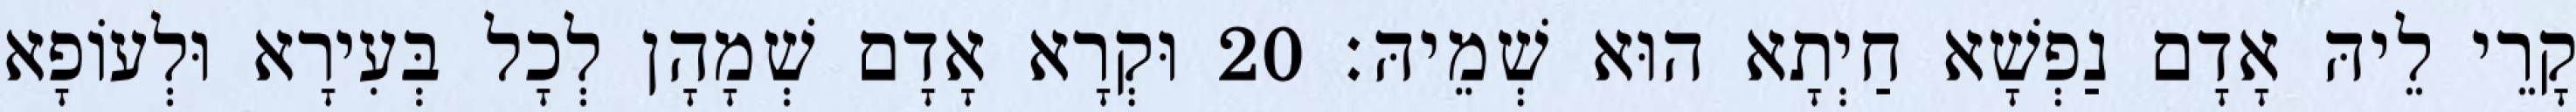
קָרֵי לֵיהּ אָדָם נַפְשָׁא חַיְתָא הוּא שְׁמֵיהּ׃ 20 וּקְרָא אָדָם שְׁמָהָן לְכָל בְּעִירָא וּלְעוֹפָא